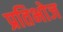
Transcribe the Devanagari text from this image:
प्रतिभोज